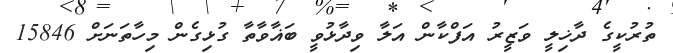
ތުރުކީގެ ދާޚިލީ ވަޒީރު އަފްކާން އަލާ ވިދާޅުވީ ބަޣާވާތާ ގުޅިގެން މިހާތަނަށް 15846